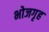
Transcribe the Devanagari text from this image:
भोजगृह